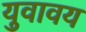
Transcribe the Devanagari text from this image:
युवावय